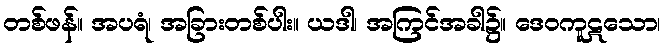
တစ်ဖန်။ အပရံ၊ အခြားတစ်ပါး။ ယဒါ၊ အကြင်အခါ၌။ ဒေဝကူဋသော၊